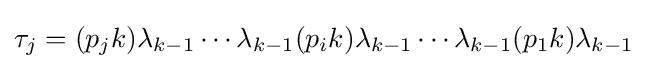
\tau _{j}=(p_{j}k)\lambda _{k-1}\cdots \lambda _{k-1}(p_{i}k)\lambda _{k-1}\cdots \lambda _{k-1}(p_{1}k)\lambda _{k-1}